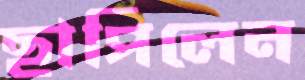
ছাপিলেন